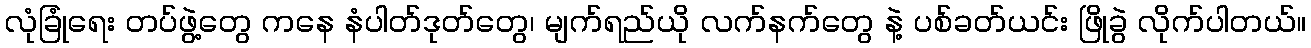
လုံခြုံရေး တပ်ဖွဲ့တွေ ကနေ နံပါတ်ဒုတ်တွေ၊ မျက်ရည်ယို လက်နက်တွေ နဲ့ ပစ်ခတ်ယင်း ဖြိုခွဲ လိုက်ပါတယ်။